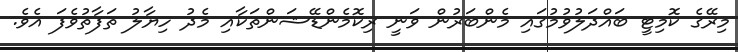
މިރޭގެ ކޮމިޓީ ބައްދަލުވުމުގައި މެންބަރުން ވަނީ ރިކޮމެންޑޭޝަންތަކާއި މެދު ހިޔާލު ތަފާތުވެފަ އެވެ.